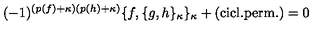
( - 1 ) ^ { ( p ( f ) + \kappa ) ( p ( h ) + \kappa ) } \{ f , \{ g , h \} _ { \kappa } \} _ { \kappa } + \mathrm { { ( c i c l . p e r m . ) } } = 0